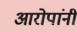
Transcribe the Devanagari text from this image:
आरोपांनी